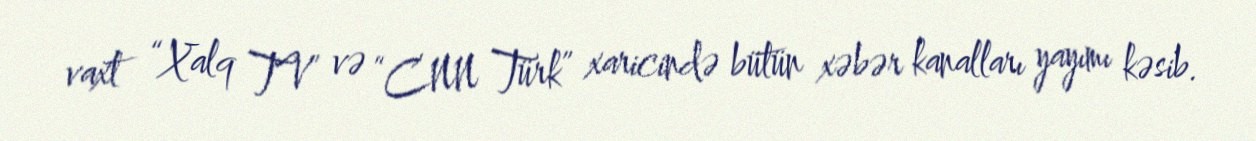
vaxt “Xalq TV” və “CNN Türk” xaricində bütün xəbər kanalları yayımı kəsib.